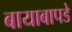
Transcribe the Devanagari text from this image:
बायाबापडे